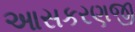
આસકરણજી